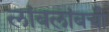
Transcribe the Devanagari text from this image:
लांबलांबची